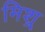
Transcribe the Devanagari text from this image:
मिश्र्